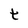
Character: t